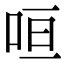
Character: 咺